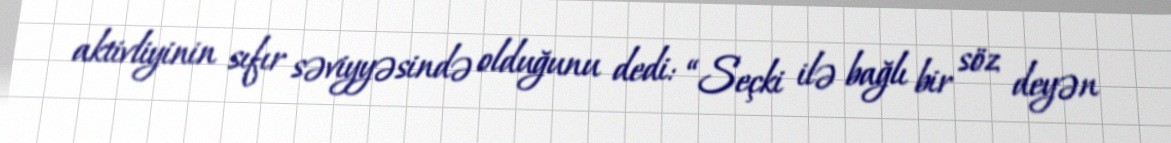
aktivliyinin sıfır səviyyəsində olduğunu dedi: “Seçki ilə bağlı bir söz deyən